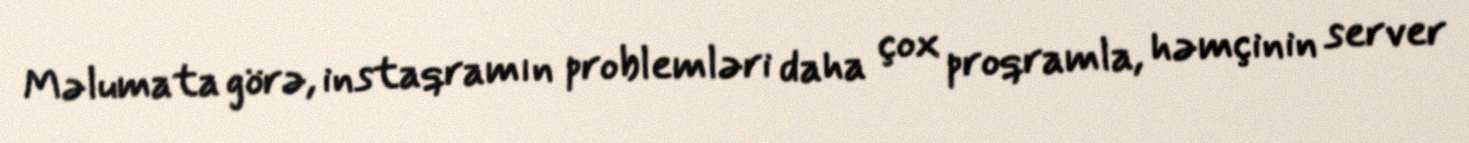
Məlumata görə, instaqramın problemləri daha çox proqramla, həmçinin server